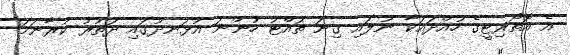
އެ އޮތޯރިޓީގެ ހުއްދައަކާ ނުލައި ގިނަ ތައްޓު ހުންނަ އުޅަނދުގައި ދަތުރު ކުރާނަމަ